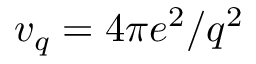
v _ { q } = 4 \pi e ^ { 2 } / q ^ { 2 }